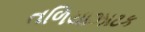
તળિયાઝાટક